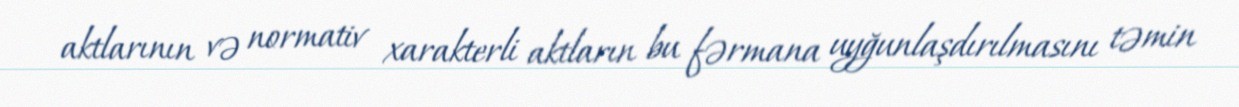
aktlarının və normativ xarakterli aktların bu fərmana uyğunlaşdırılmasını təmin